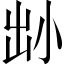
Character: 𡭧